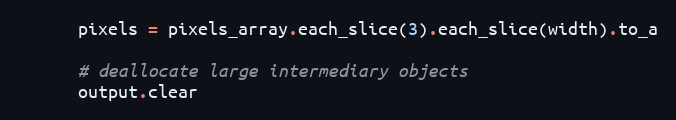
Language: Ruby
      pixels = pixels_array.each_slice(3).each_slice(width).to_a

      # deallocate large intermediary objects
      output.clear